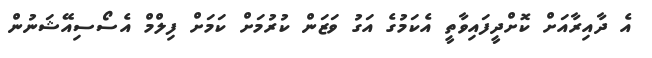
އެ ދާއިރާއަށް ކޮށްދީފައިވާތީ އެކަމުގެ އަގު ވަޒަން ކުރުމަށް ކަމަށް ފިލްމް އެސޯސިއޭޝަނުން